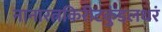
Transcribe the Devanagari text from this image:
नानारत्नकिरीटकुंडलधरं